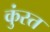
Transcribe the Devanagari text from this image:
कुंस्त